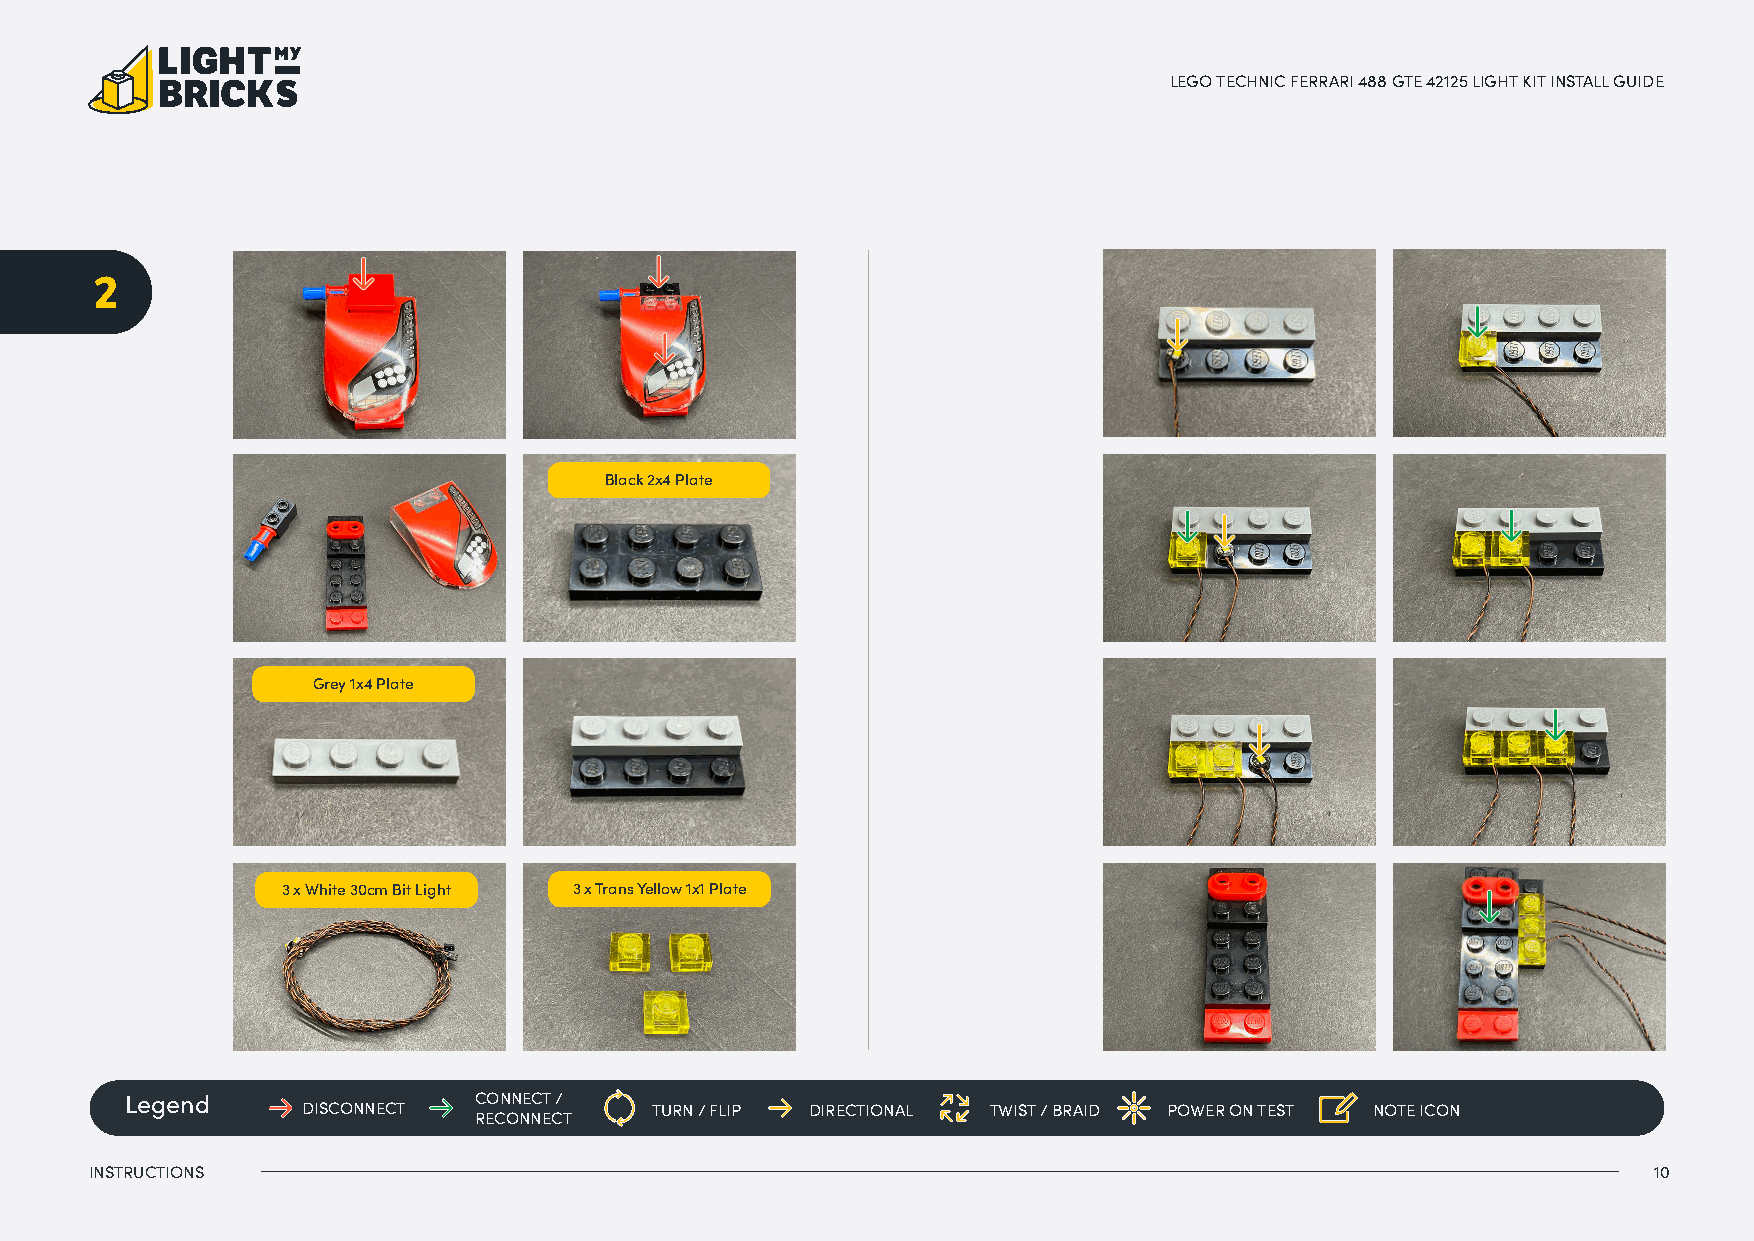
LEGO TECHNIC FERRARI 488 GTE 42125 LIGHT KIT INSTALL GUIDE
 2
 Black 2x4 Plate
 Grey 1x4 Plate
 3 x White 30cm Bit Light 3 x Trans Yellow 1x1 Plate
 Legend                 CONNECT /
 DISCONNECT             TURN / FLIP DIRECTIONAL TWIST / BRAID POWER ON TEST NOTE ICON
 RECONNECT
 INSTRUCTIONS                                                                                            10